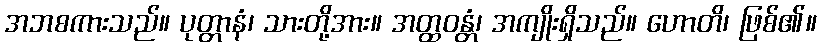
အဘစကားသည်။ ပုတ္တာနံ၊ သားတို့အား။ အတ္ထဝန္တံ၊ အကျိုးရှိသည်။ ဟောတိ၊ ဖြစ်၏။